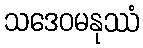
သဒေဝမနုဿံ